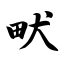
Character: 畎